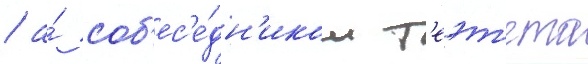
/ а́ соб'ес'е́дн'иком т'еэт'ета